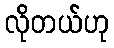
လိုတယ်ဟု